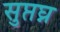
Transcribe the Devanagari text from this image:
सुप्तघ्न